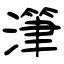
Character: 潷